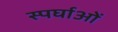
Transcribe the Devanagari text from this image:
स्पर्घाओं